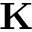
\mathbf { K }